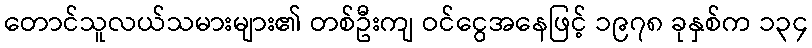
တောင်သူလယ်သမားများ၏ တစ်ဦးကျ ဝင်ငွေအနေဖြင့် ၁၉၇၈ ခုနှစ်က ၁၃၄